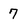
Character: 7